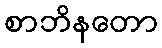
စာဘိနတော